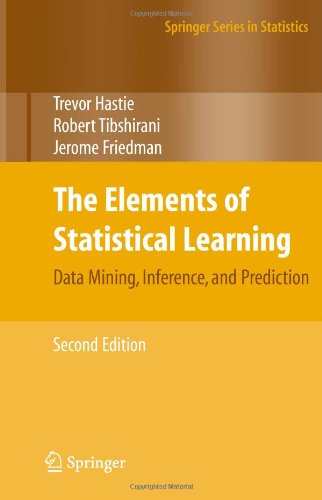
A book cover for The Elements of Statistical Learning: Data Mining, Inference, and Prediction, Second Edition (Springer Series in Statistics); Trevor Hastie; Computers & Technology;